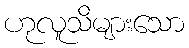
ဟုလူသိများသော